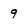
Character: 9